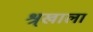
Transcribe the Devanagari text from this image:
श्र्‌खाला